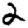
Digit: 2